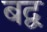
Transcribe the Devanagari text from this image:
बद्व